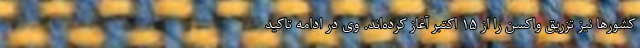
کشورها نیز تزریق واکسن را از ۱۵ اکتبر آغاز کرده‌اند. وی در ادامه تاکید